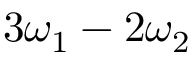
3 \omega _ { 1 } - 2 \omega _ { 2 }